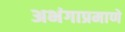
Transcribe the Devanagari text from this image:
अभंगाप्रमाणे